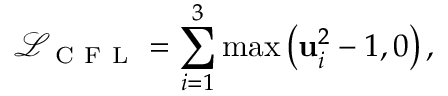
\mathcal { L } _ { \mathrm { ~ C ~ F ~ L ~ } } = \sum _ { i = 1 } ^ { 3 } \operatorname* { m a x } \left( \mathrm { \mathbf { u } } _ { i } ^ { 2 } - 1 , 0 \right) ,